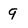
Character: q